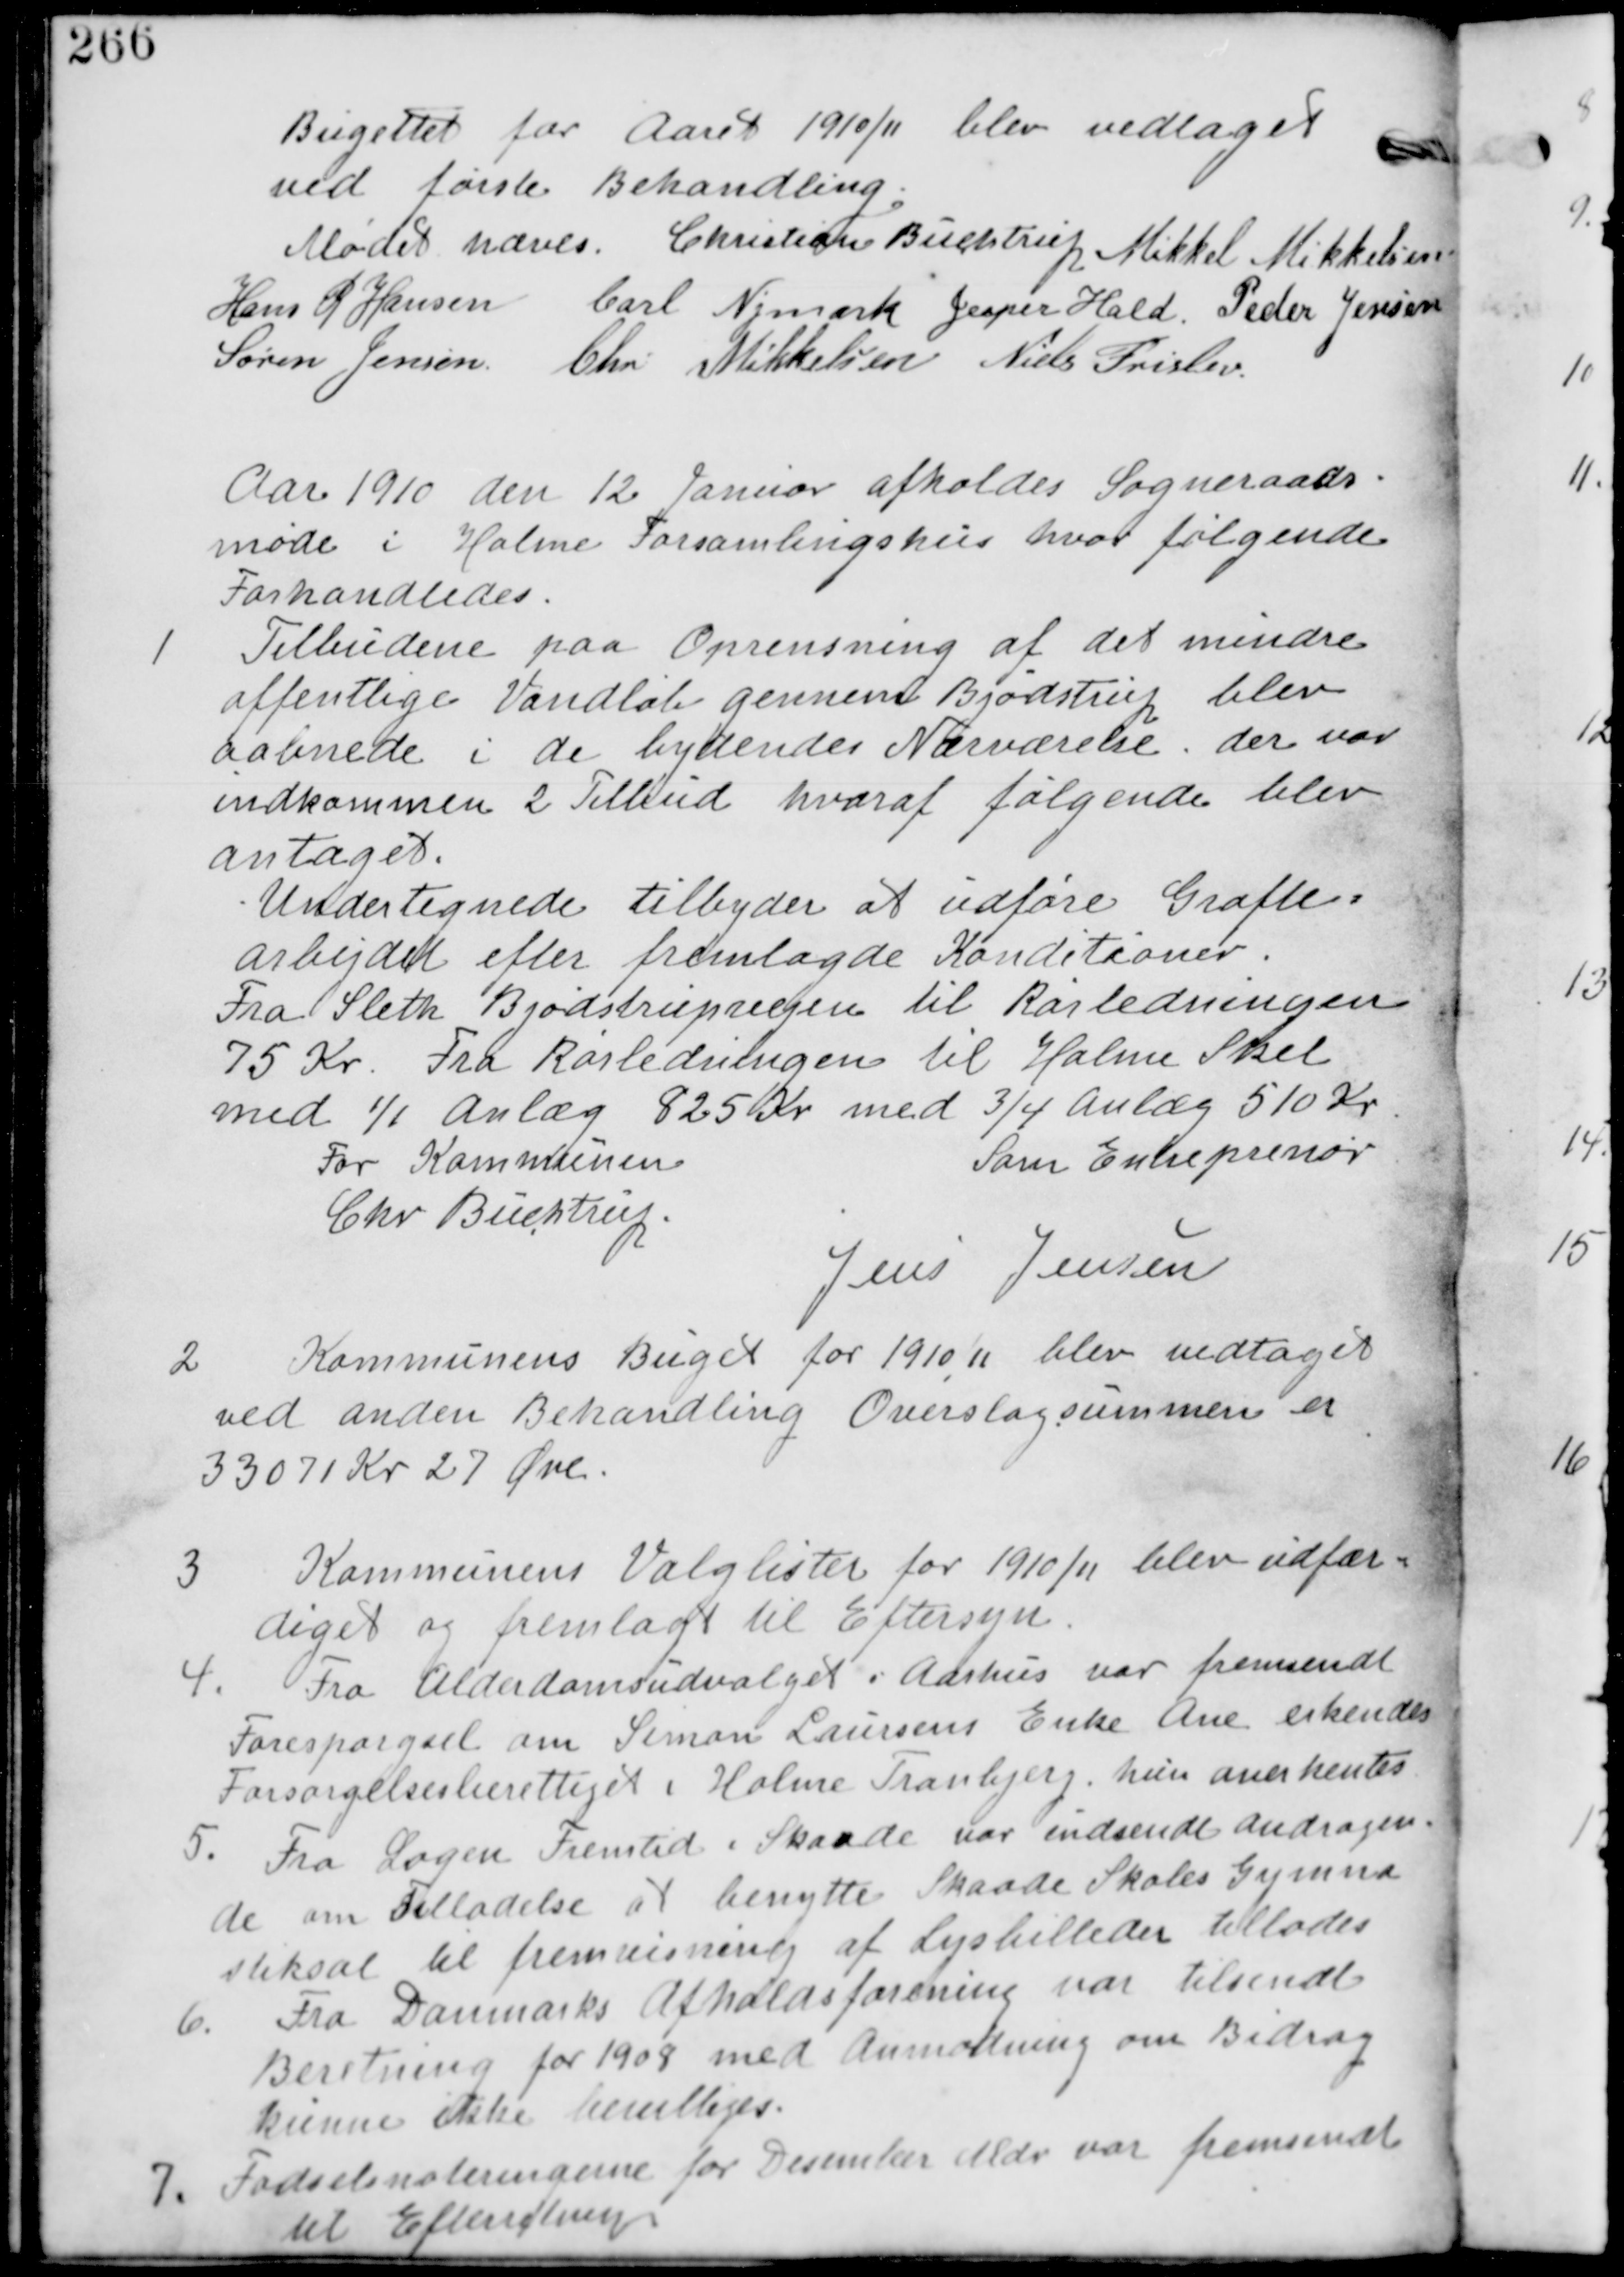
Transskription:
Budgettet for Aaret 1910/11 blev vedtaget
ved første behandling

Mødet hæves. Christian Buchtrup. Mikkel Mikkelsen
Hans R Hansen Carl Nymark Jesper Hald. Peder Jensen
Søren Jensen Chr Mikkelsen Niels Frislev.

Aar 1910 den 12 Januar afholdes Sogneraads-
møde i Holme Forsamlingshus hvor følgende
Forhandledes.

1
Tilbudene paa Oprensning af det mindre
offentlige Vandløb gennem Bjødstrup blev
aabnede i de bydendes Nærværelse. der var
indkommen 2 Tilbud hvoraf følgende blev
antaget.
Undertegnede tilbyder at udføre Grøfte-
arbejdet efter fremlagde Konditioner.
Fra Sleth Bjødstrupvejen til Rørledningen
75 Kr. Fra Rørledningen til Holme Skel
med 1/1 Anlæg 825 Kr med 3/4 Anlæg 510 Kr.
For Kommunen
Chr Buchtrup
Som Entreprenør
Jens Jensen

2. Kommunens Buget for 1910/11 blev vedtaget
ved anden Behandling Overslagssummen er
33071 27 Øre

3 Kommunens Valglister for 1910/11 blev udfær-
diget og fremlagt til Eftersyn.

4. Fra Alderdomsudvalget i Aarhus var der fremsendt
Forespørgsel om Simon Laursens Enke Ane erkendes
Forsørgelsesberettiget i Holme Tranbjerg. hun anerkentes.

5. Fra Logen Fremtid i Skaade var indsendt andragen
de om Tilladelse at benytte Skaade Soles Gymna
stiksal til fremvisning af Lysbilleder tillades

6. Fra Danmarks Afholdsforening var tilsendt
Beretning for 1909 med anmodning om Bidrag
kunne ikke bevilliges.

7. Fødselsnoteringerne for December Mdr var fremsendt
til Efterretning